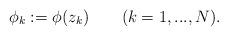
LaTeX: \begin{align*} \phi_k:=\phi(z_k)\qquad(k=1,...,N). \end{align*}